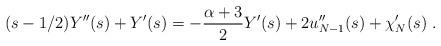
LaTeX: \begin{align*}(s-1/2)Y''(s)+Y'(s)=-\frac{\alpha+3}{2}Y'(s)+2u_{N-1}''(s)+\chi_{N}'(s)\ . \end{align*}